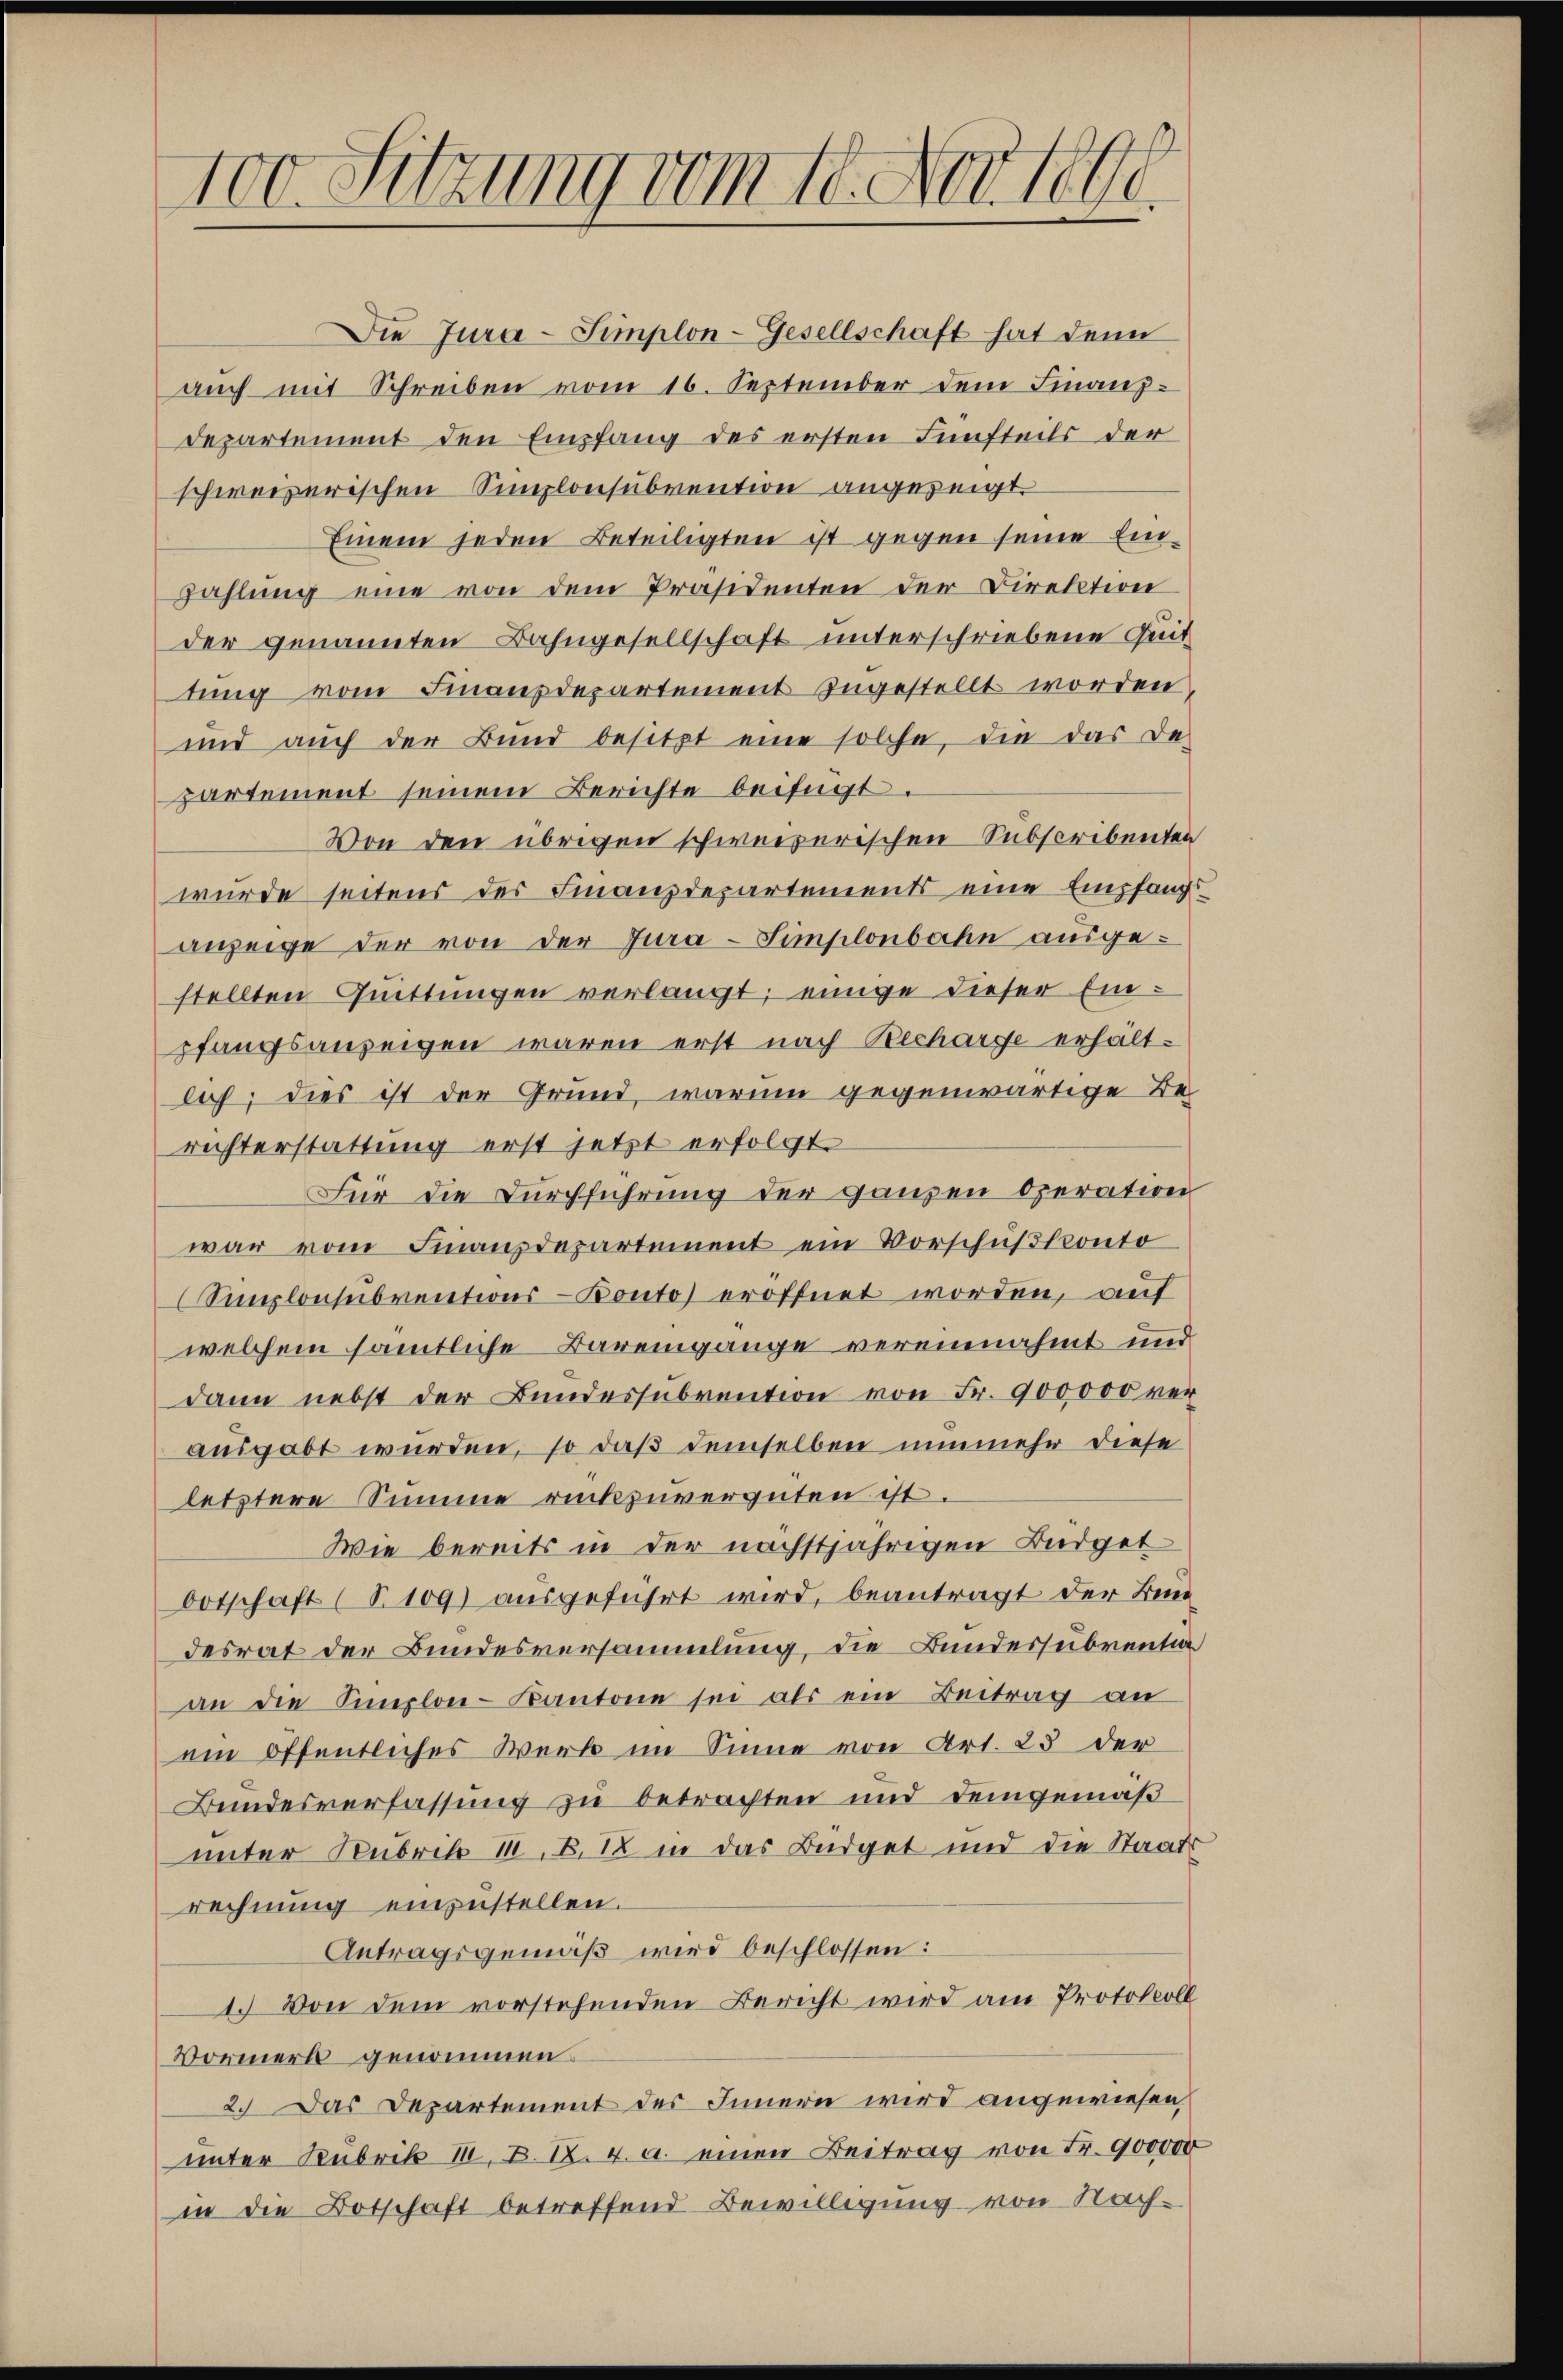
100. Sitzung vom 10. Novell

Die Jura-Simplon-Gesellschaft hat denn
auch mit Schreiben vom 16. September dem Finanz¬
Departement den Empfang des ersten Fünfteils der
schweizerischen Simplonsubvention angezeigt.
Einem jeden Beteiligten ist gegen seine Einzahlŭng eine von dem Präsidenten der Direktion
der genannten Bahngesellschaft unterschriebene Zeit
tŭng vom Finanzdepartement angestellt worden,
und aŭch der Bŭnd besitzt eine solche, die das De-
partement seinem Berichte beifügt.
Von den übrigen schweizerischen Subscribenten
wurde seitens der Finanzdepartements eine Empfang
anzeige der von der Jura-Simplonbahn ausgestellten Quittungen verlangt; einige dieser Einpfangsanzeigen waren erst nach Recharge erhaltlich; dies ist der Grund, warum gegenwärtige Be
richterstattung erst jetzt erfolgt.
Für die Durchführung der ganzen Operation
war vom Finanzdepartement ein Vorschŭβkonto
Simplonsubventions-Konto) eröffnet worden, auf
welchem sämtliche Barengange vereinnahmt und
dann nebst der Bundessubvention von Fr. 900000 ver
ausgabt wurden, so daß demselben nunmehr diese
letztere Summe rückzuvergüten ist.
Wie bereits in der nächstjährigen Büdget
botschaft (S. 109) ausgeführt wird, beantragt der Bun
desrat der Bundesversammlung, die Bundessubventio
an die Simplon-Kantone sei als ein Beitrag an
ein öffentliches Werk im Sinne von Art. 25 der
Bundesverfassung zu betrachten und demgemäß
unter Rubrik III. B. 12 in das Büdget und die Staats
rechnung einzustellen.
Antragsgemäß wird beschlossen:
1. Von dem vorstehenden Bericht wird am Protokoll
Vormerk genommen.
2. Das Departement des Innern wird angewiesen,
unter Rubrik M. D. R. v. a. einen Beitrag von Fr. 900000
in die Botschaft betreffend Bewilligung von Nach¬